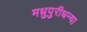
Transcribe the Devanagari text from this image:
मधुपुरीधन्या